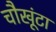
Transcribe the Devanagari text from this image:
चौखूंटा